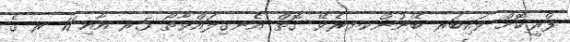
ފްރީކޮށް ވައިބަރ ބޭނުންކޔރެވޭ ގޮތް އެނގިލައްވާތޯ 5ރ އާއި 11 ރ ގެ